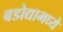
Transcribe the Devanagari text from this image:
बडोद्यामध्ये